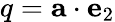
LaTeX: q=\mathbf{a}\cdot\mathbf{e}_{2}